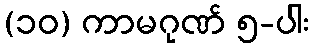
(၁၀) ကာမဂုဏ် ၅-ပါး